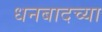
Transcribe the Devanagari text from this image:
धनबादच्या